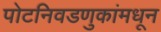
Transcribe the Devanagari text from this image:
पोटनिवडणुकांमधून